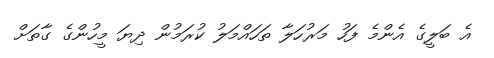
އެ ބަލީގެ އެންމެ ފަހު މަރުހަލާ ތަހައްމަލު ކުރަމުން ދިޔަ މީހުންގެ ގާތަށް